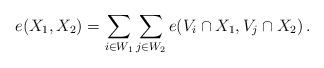
LaTeX: \begin{align*}e(X_1, X_2)=\sum_{i\in W_1}\sum_{j\in W_2}e(V_i\cap X_1, V_j\cap X_2)\,.\end{align*}